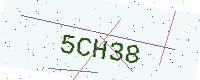
Text: 5CH38